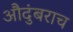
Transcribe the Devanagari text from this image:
औदुंबराच